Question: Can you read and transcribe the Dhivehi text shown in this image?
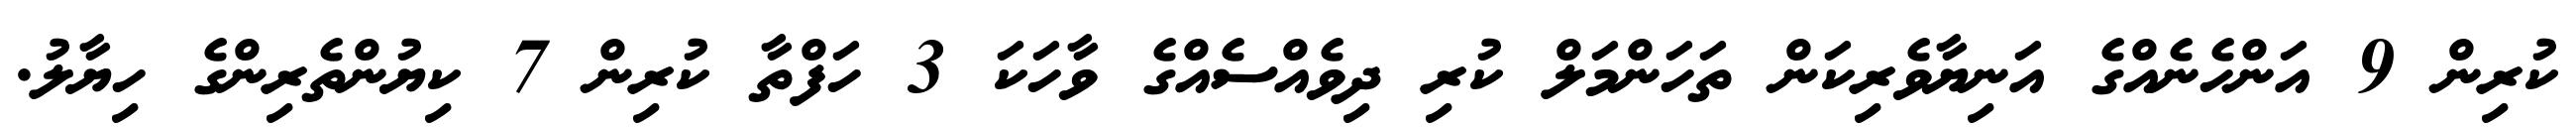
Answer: ކުރިން 9 އަންހެނެއްގެ އަނިޔާވެރިކަން ތަހަންމަލް ކުރި ދިވެއްސެއްގެ ވާހަކަ 3 ހަފްތާ ކުރިން 7 ކިޔުންތެރިންގެ ހިޔާލު.